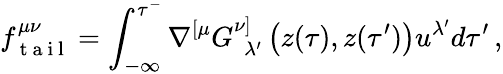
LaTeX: f_{\mathrm{~t~a~i~l~}}^{\mu\nu}=\int_{-\infty}^{\tau^{-}}\nabla^{[\mu}G_{\ \ \lambda^{\prime}}^{\nu]}\left(z(\tau),z(\tau^{\prime})\right)u^{\lambda^{\prime}}d\tau^{\prime}\, ,